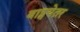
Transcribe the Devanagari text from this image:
वाड्मयेतर